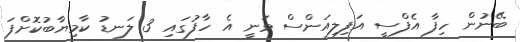
ބޭނުން ހިފާ އެފްސީ އަފިލިއަންސް ވަނީ އެ ހާފުގައި 3 ލަނޑު ކާމިޔާބުކޮށްފަ